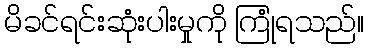
မိခင်ရင်းဆုံးပါးမှုကို ကြုံရသည်။